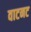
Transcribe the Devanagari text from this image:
वाटनट